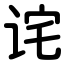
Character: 诧